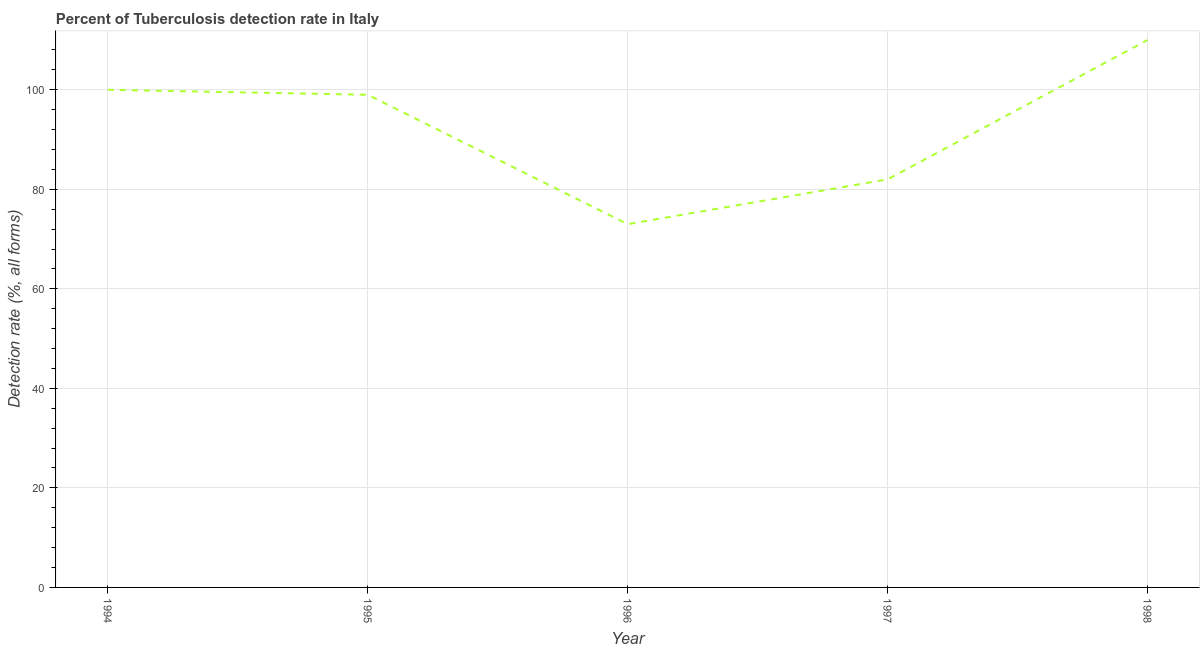
| Year | Tuberculosis case detection rate |
 | --- | --- |
 | 1994 | 100 |
 | 1995 | 99 |
 | 1996 | 73 |
 | 1997 | 82 |
 | 1998 | 110 |